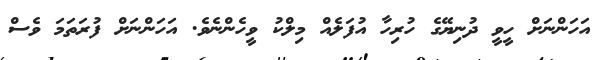
އަހަންނަށް ހީވީ ދުނިޔޭގެ ހުރިހާ އުފަލެއް މިލްކު ވީހެންނެވެ. އަހަންނަށް ފުރަތަމަ ވެސް